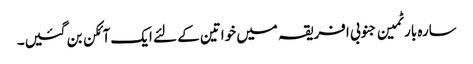
سارہ بارٹمین جنوبی افریقہ میں خواتین کے لئے ایک آئکن بن گئیں۔